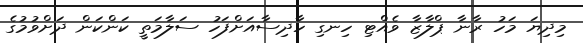
މިދިޔަ މަހު ރާނާ ޕްލާޒާ ވެއްޓި ހިނގި ހާދިސާއަށްފަހު ސަލާމަތީ ކަންކަން ދަށްވުމުގެ